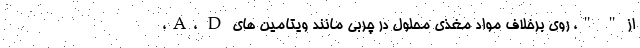
از " "، روی برخلاف مواد مغذی محلول در چربی مانند ویتامین های A، D،